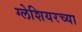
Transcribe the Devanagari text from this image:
ग्लेशियरच्या